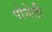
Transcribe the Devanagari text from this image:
पोनेती